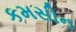
કમસીન